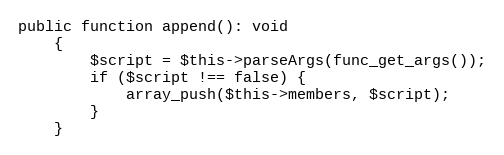
Language: PHP
public function append(): void
    {
        $script = $this->parseArgs(func_get_args());
        if ($script !== false) {
            array_push($this->members, $script);
        }
    }